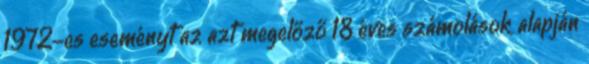
1972-es eseményt az azt megelőző 18 éves számolások alapján